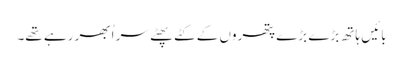
بائیں ہاتھ بڑے بڑے پتھروں کے کٹے پھٹے سر اُبھر رہے تھے۔